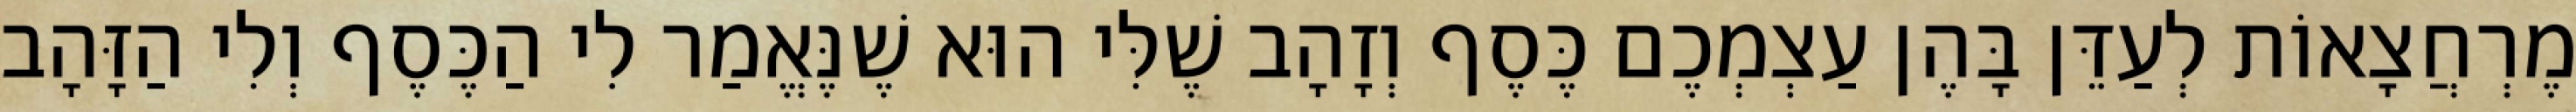
מֶרְחֲצָאוֹת לְעַדֵּן בָּהֶן עַצְמְכֶם כֶּסֶף וְזָהָב שֶׁלִּי הוּא שֶׁנֶּאֱמַר לִי הַכֶּסֶף וְלִי הַזָּהָב